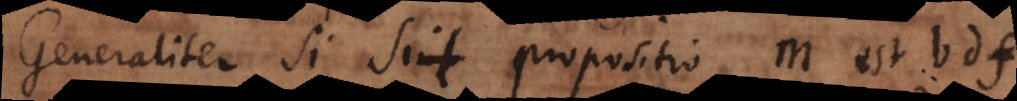
Generaliter si sit propositio m est bdf,